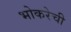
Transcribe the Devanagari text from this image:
भोकरेची